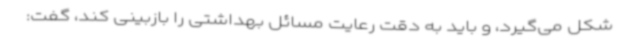
شکل می‌گیرد، و باید به دقت رعایت مسائل بهداشتی را بازبینی کند، گفت: